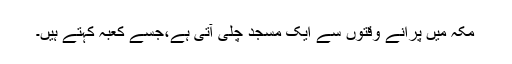
مکہ میں پرانے وقتوں سے ایک مسجد چلی آتی ہے،جسے کعبہ کہتے ہیں۔